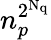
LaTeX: n_{p}^{2^{{\mathrm N_{\mathrm q}}}}